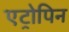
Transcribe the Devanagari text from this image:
एट्रोपिन